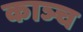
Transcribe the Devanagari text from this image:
काञ्च